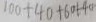
1 0 a + 4 0 + 6 0 1 - 4 0